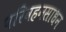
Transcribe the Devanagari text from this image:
परिवहनसाधन